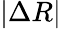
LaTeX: \vert\Delta R\vert